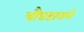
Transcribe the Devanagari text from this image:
चौघडावाले